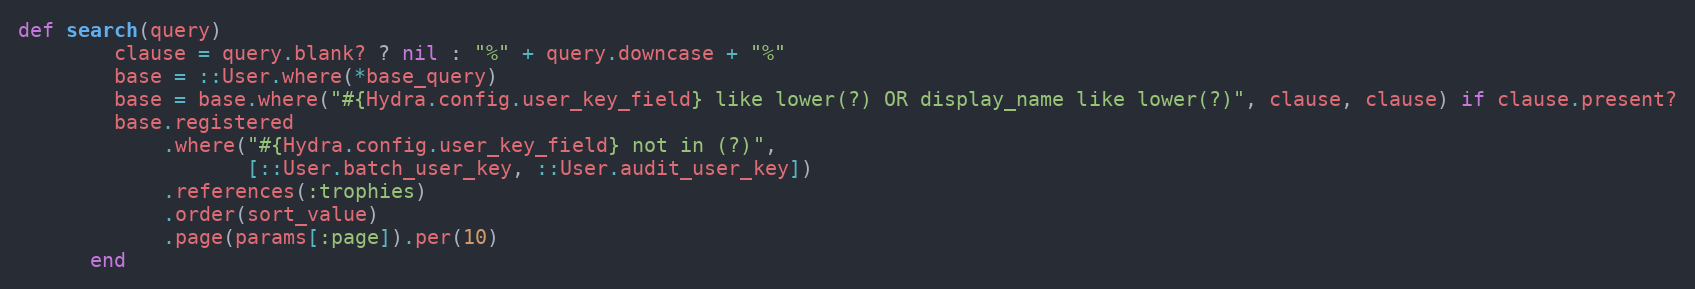
Language: Ruby
def search(query)
        clause = query.blank? ? nil : "%" + query.downcase + "%"
        base = ::User.where(*base_query)
        base = base.where("#{Hydra.config.user_key_field} like lower(?) OR display_name like lower(?)", clause, clause) if clause.present?
        base.registered
            .where("#{Hydra.config.user_key_field} not in (?)",
                   [::User.batch_user_key, ::User.audit_user_key])
            .references(:trophies)
            .order(sort_value)
            .page(params[:page]).per(10)
      end